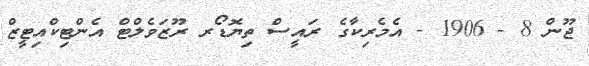
ޖޫން 8 - 1906 - އެމެރިކާގެ ރައީސް ތިޔޮޑޯރ ރޫޒަވެލްޓް އެންޓިކްއިޓީޒް